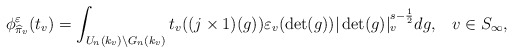
\begin{align*}\phi_{\widehat{\pi}_v}^\varepsilon(t_v)=\int_{U_n(k_v)\backslash G_n(k_v)} t_v((j\times 1)(g))\varepsilon_v(\det(g))|\det(g)|_v^{s-\frac{1}{2}}dg,\;\;\;v\in S_\infty,\end{align*}